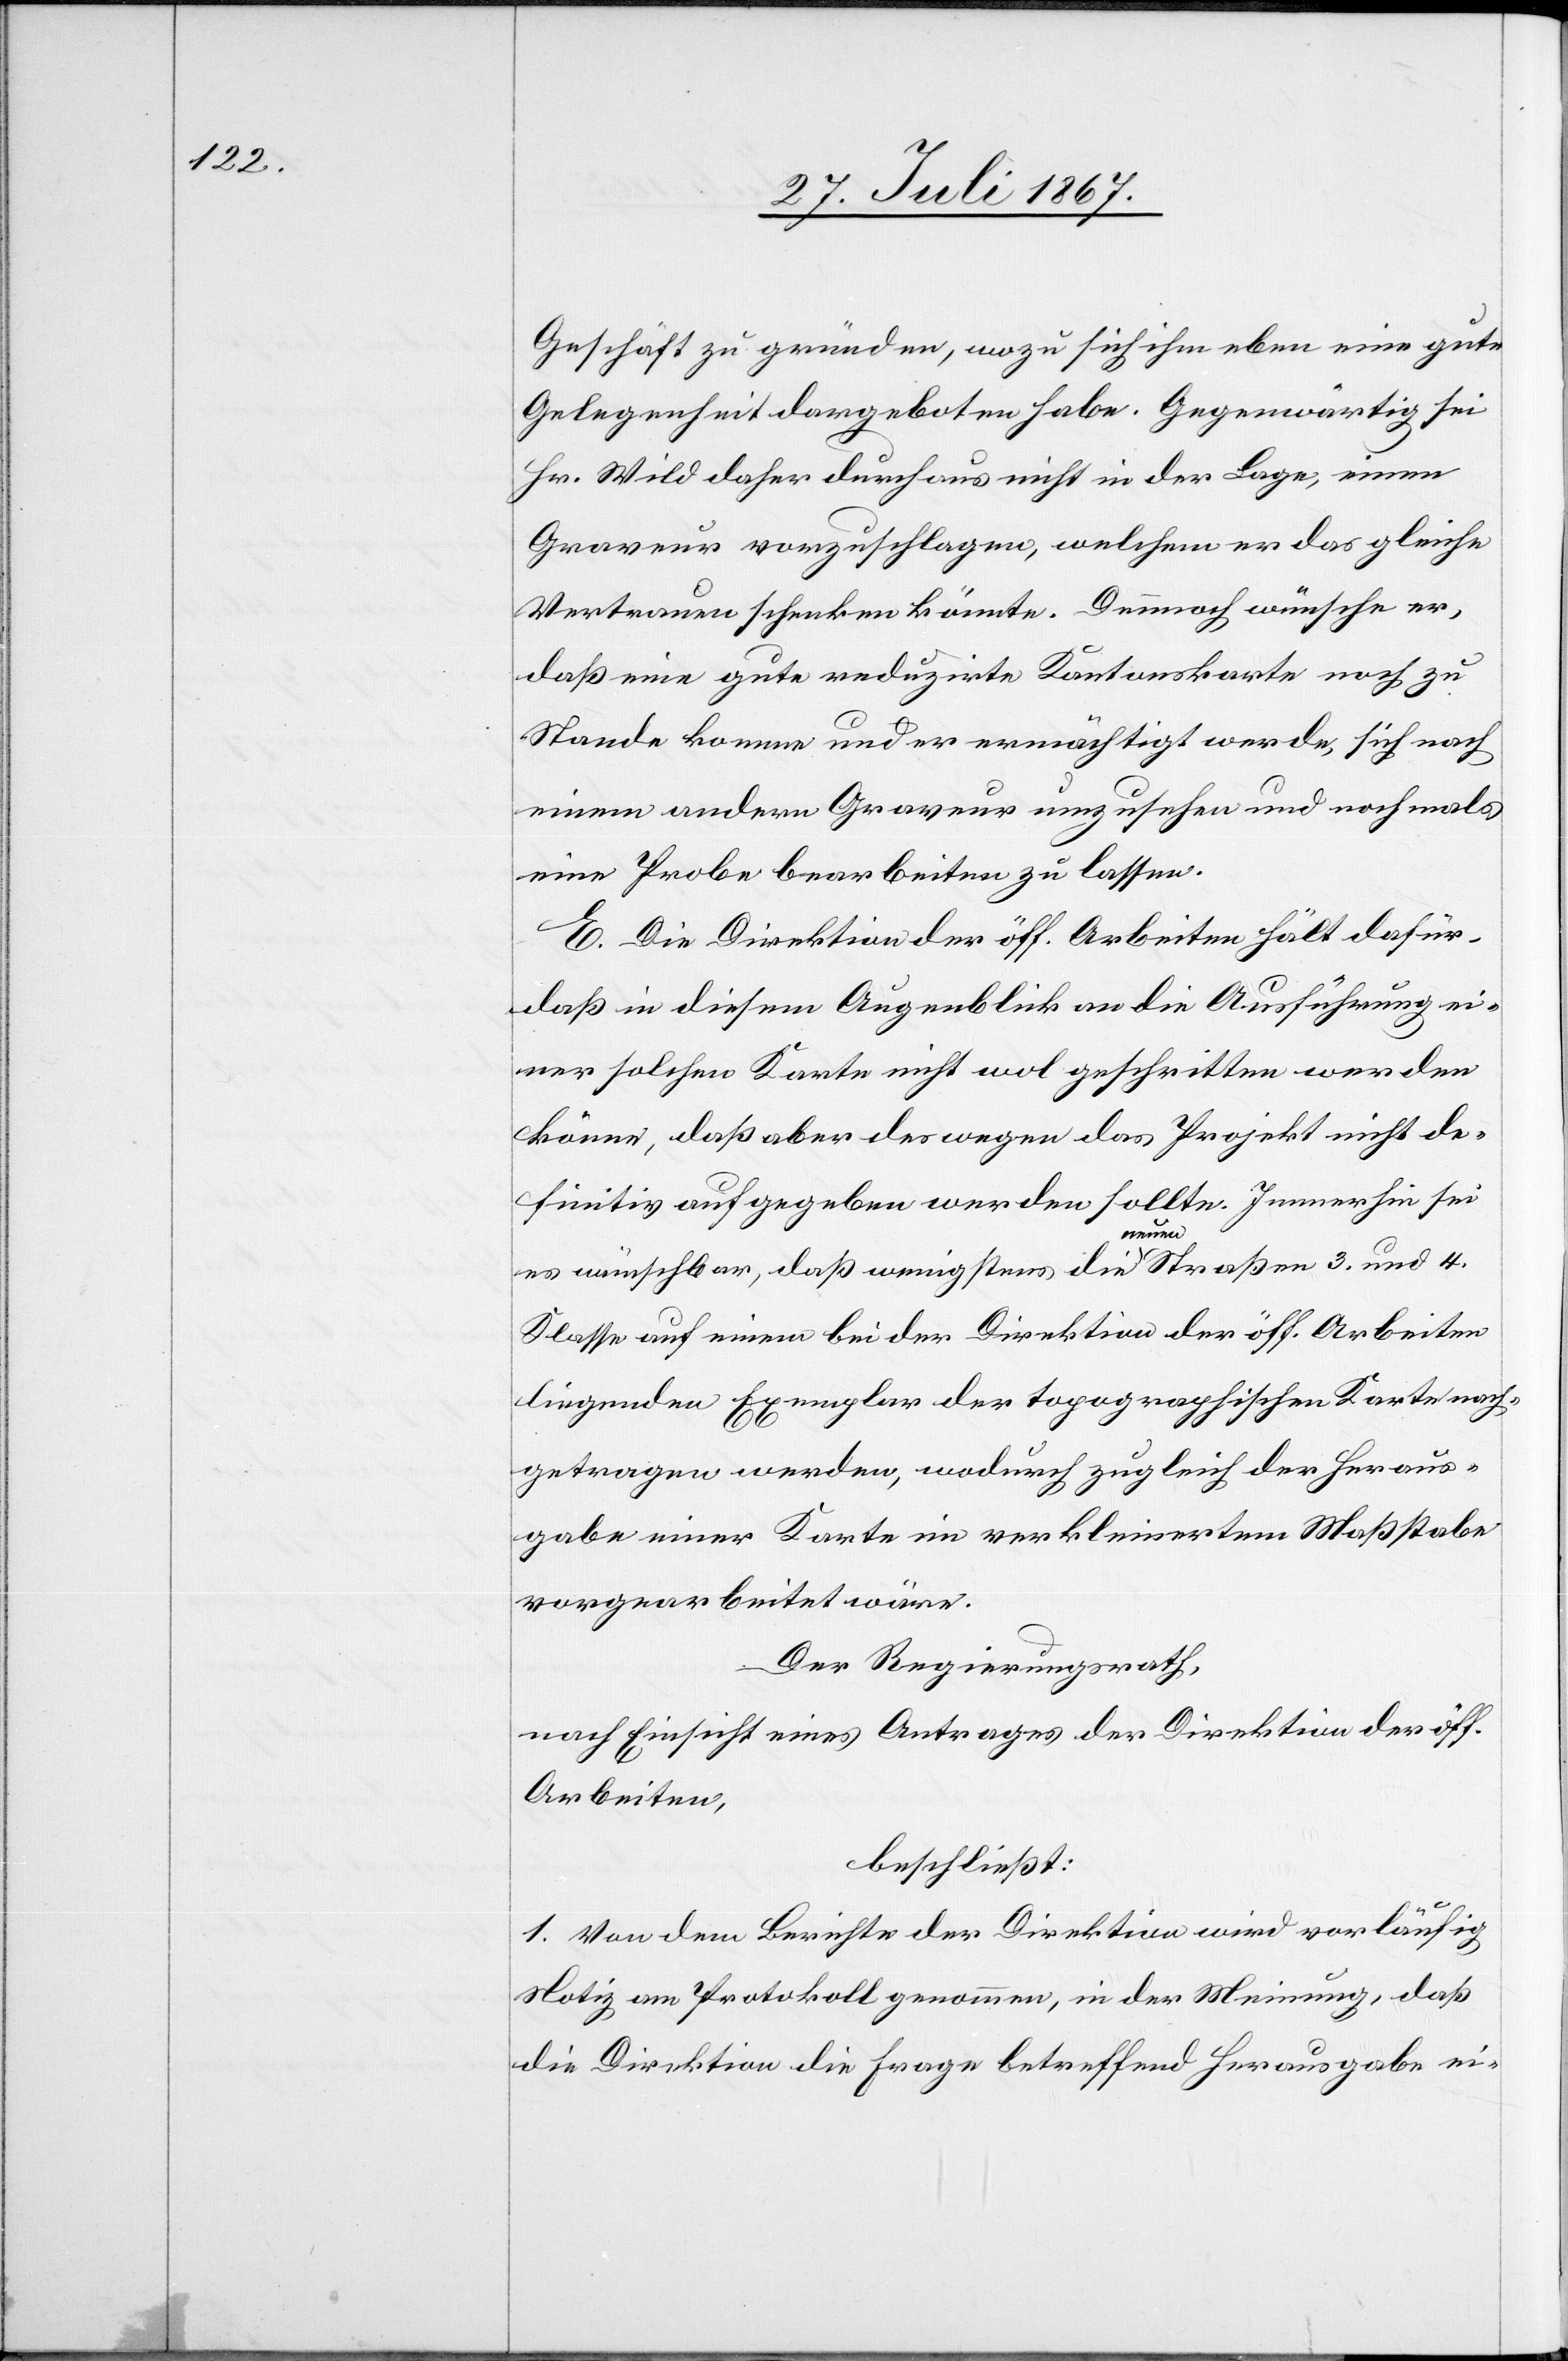
Geschäft zu gründen, wozu sich ihm eben eine gute
Gelegenheit dargeboten habe. Gegenwärtig sei
Hr. Wild daher durchaus nicht in der Lage, einen
Graveur vorzuschlagen, welchem er das gleiche
Vertrauen schenken könnte. Dennoch wünsche er,
daß eine gute reduzirte Kantonskarte noch zu
Stande komme und er ermächtigt werde, sich nach
einem andern Graveur umzusehen und nochmals
eine Probe bearbeiten zu lassen.
E. Die Direktion der öff. Arbeiten hält dafür,
daß in diesem Augenblick an die Ausführung ei¬
ner solchen Karte nicht wol geschritten werden
könne, daß aber deswegen das Projekt nicht de¬
lte. Immerhin sei
finitiv aufgegeben werden sol¬
es wünschbar, daß wenigstens die neuen Straßen 3. und 4.
Klasse auf einem bei der Direktion der öff. Arbeiten
liegenden Exemplar der topographischen Karte nach¬
getragen werden, wodurch zugleich der Heraus¬
gabe einer Karte im verkleinerten Maßstabe
vorgearbeitet wäre.
Der Regierungsrath,
nach Einsicht eines Antrages der Direktion der öff.
Arbeiten,
beschließt:
1. Von dem Berichte der Direktion wird vorläufig
Notiz am Protokoll genommen, in der Meinung, daß
die Direktion die Frage betreffend Herausgabe ei-